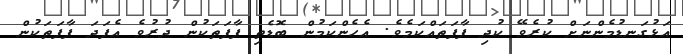
އަޅުގަނޑުމެންނަށް ކުރެވޭ ކުދި ފާފަތައްކަމެވެ. އެހެންކަމުން ބޮޑެތި ފާފަތަކުން ދުރުވެ އެފަދަ ފާފަތަކުން